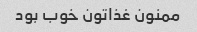
ممنون غذاتون خوب بود